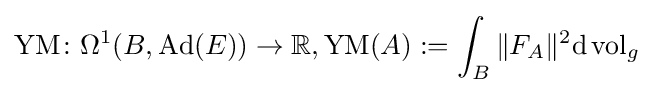
\operatorname {YM} \colon \Omega ^{1}(B,\operatorname {Ad} (E))\rightarrow \mathbb {R} ,\operatorname {YM} (A):=\int _{B}\|F_{A}\|^{2}\mathrm {d} \operatorname {vol} _{g}